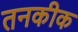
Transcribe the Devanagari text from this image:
तनकीक